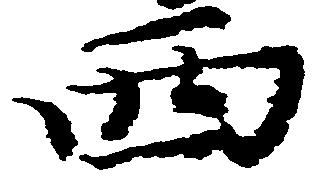
西